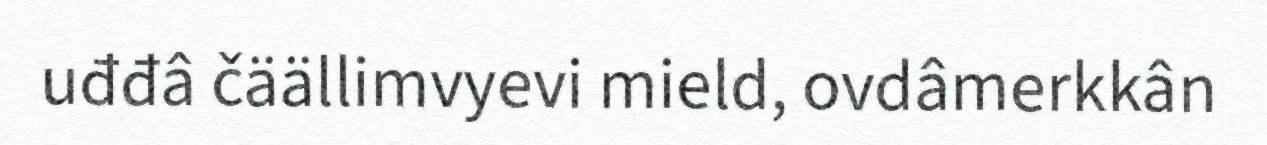
uđđâ čäällimvyevi mield, ovdâmerkkân